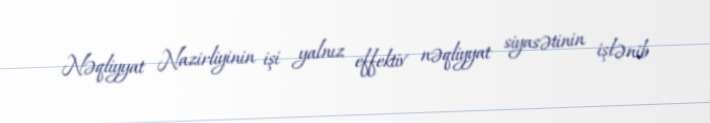
Nəqliyyat Nazirliyinin işi yalnız effektiv nəqliyyat siyasətinin işlənib